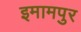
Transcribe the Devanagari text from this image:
इमामपुर